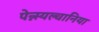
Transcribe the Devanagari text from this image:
पेन्न्स्यल्वानिया